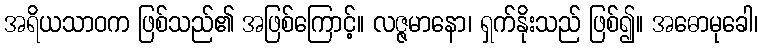
အရိယသာဝက ဖြစ်သည်၏ အဖြစ်ကြောင့်။ လဇ္ဇမာနော၊ ရှက်နိုးသည် ဖြစ်၍။ အဓောမုခေါ၊